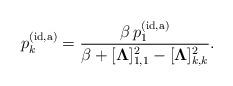
LaTeX: \begin{align*} p_k^{(\rm id,a)} = \frac{\beta \, p_1^{(\rm id,a)}}{\beta+[\boldsymbol{\Lambda}]_{1,1}^2-[\boldsymbol{\Lambda}]_{k,k}^2}. \end{align*}